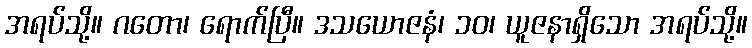
အရပ်သို့။ ဂတော၊ ရောက်ပြီ။ ဒသယောဇနံ၊ ၁၀၊ ယူဇနာရှိသော အရပ်သို့။